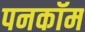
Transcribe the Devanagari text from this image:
पनकॉम